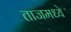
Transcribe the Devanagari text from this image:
ताजमध्ये